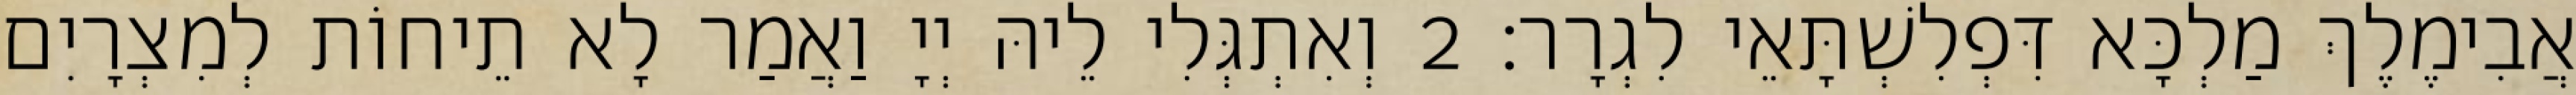
אֲבִימֶלֶךְ מַלְכָּא דִּפְלִשְׁתָּאֵי לִגְרָר׃ 2 וְאִתְגְּלִי לֵיהּ יְיָ וַאֲמַר לָא תֵיחוֹת לְמִצְרָיִם